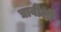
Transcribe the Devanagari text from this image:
द्यावीशी